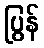
ပြွန်